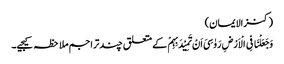
(کنزالایمان)
وَجَعَلْنَا فِی الْاَرْضِ رَوٰسِیَ اَنْ تَمِیْدَبِہِمْ کے متعلق چندتراجم ملاحظہ کیجیے۔